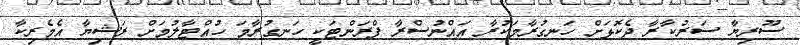
ސޫރިޔާ ސަރުކާރާ ދެކޮޅަށް ހަނގުރާމަކުރާ އައްނުސްރާ ފްރަންޓަކީ ހަނގުރާމަ ހުއްޓާލުމަށް ރަޝިޔާ އެމެރިކާ